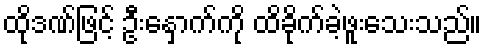
ထိုဒဏ်ဖြင့် ဦးနှောက်ကို ထိခိုက်ခဲ့ဖူးသေးသည်။